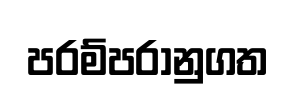
පරම්පරානුගත